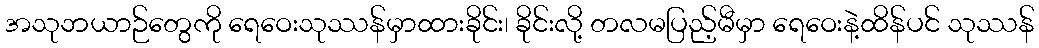
အသုဘယာဉ်တွေကို ရေဝေးသုဿန်မှာထားခိုင်း၊ ခိုင်းလို့ တလမပြည့်မီမှာ ရေဝေးနဲ့ထိန်ပင် သုဿန်